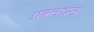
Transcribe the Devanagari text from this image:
प्रबनधन